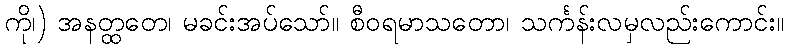
ကို၊) အနတ္ထတေ၊ မခင်းအပ်သော်။ စီဝရမာသတော၊ သင်္ကန်းလမှလည်းကောင်း။